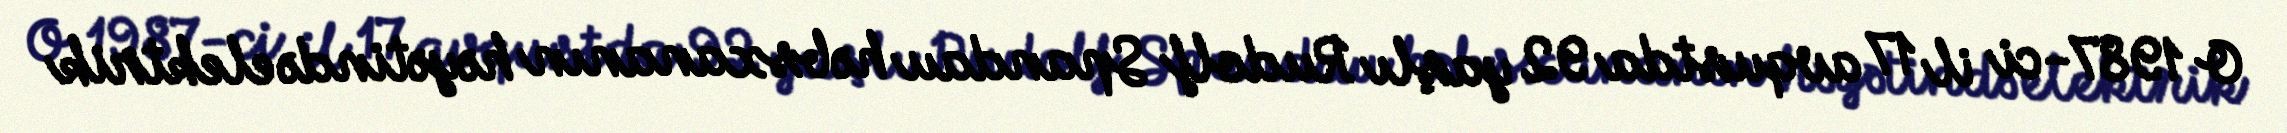
O 1987-ci il 17 avqustda 92 yaşlı Rudolf Spandau həbsxananın həyətində elektrik